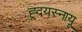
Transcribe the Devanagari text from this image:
ह्र्दयस्नायू